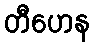
တီဟေန